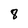
Character: 8